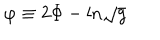
\varphi \equiv 2 \Phi - \mathrm { l n } \sqrt { g }